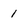
Character: 1